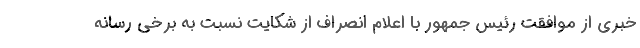
خبری از موافقت رئیس جمهور با اعلام انصراف از شکایت نسبت به برخی رسانه